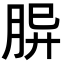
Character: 𦚪